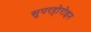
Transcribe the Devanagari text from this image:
सुपरहोरोइन